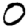
Digit: 0